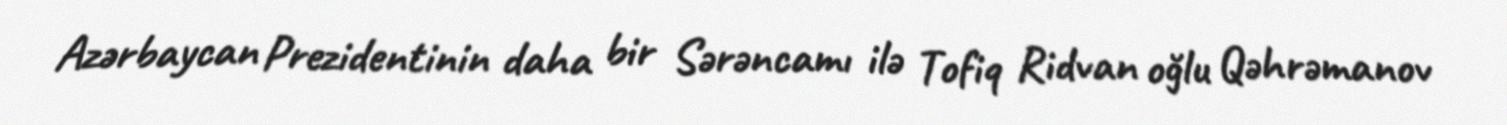
Azərbaycan Prezidentinin daha bir Sərəncamı ilə Tofiq Ridvan oğlu Qəhrəmanov